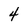
Character: 4